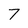
Character: T